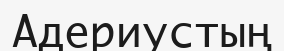
Адериустың